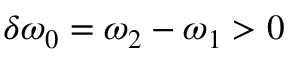
\delta \omega _ { 0 } = \omega _ { 2 } - \omega _ { 1 } > 0